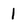
Character: 1